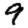
Digit: 9